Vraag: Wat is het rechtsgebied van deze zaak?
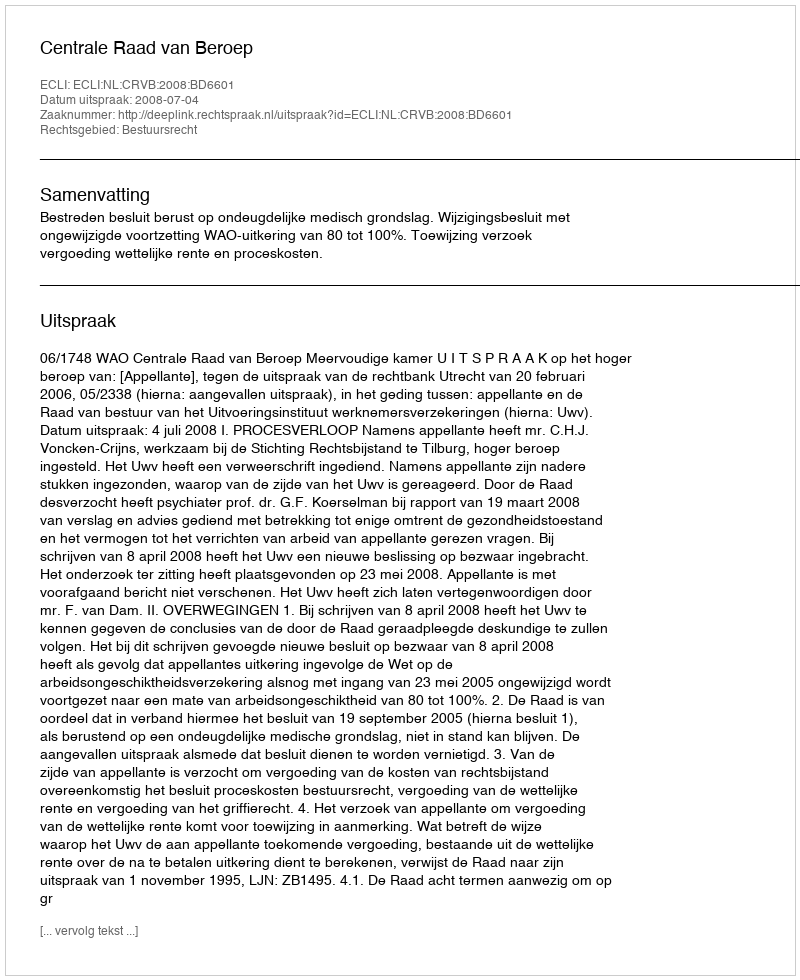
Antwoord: Bestuursrecht